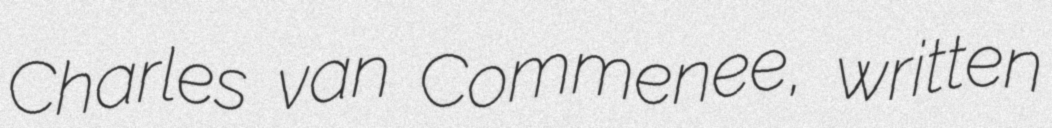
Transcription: Charles van Commenee, written